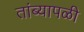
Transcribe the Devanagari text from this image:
तांब्यापळी